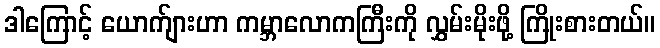
ဒါကြောင့် ယောက်ျားဟာ ကမ္ဘာလောကကြီးကို လွှမ်းမိုးဖို့ ကြိုးစားတယ်။